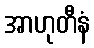
အာဟုတီနံ